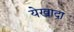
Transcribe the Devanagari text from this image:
येखादा